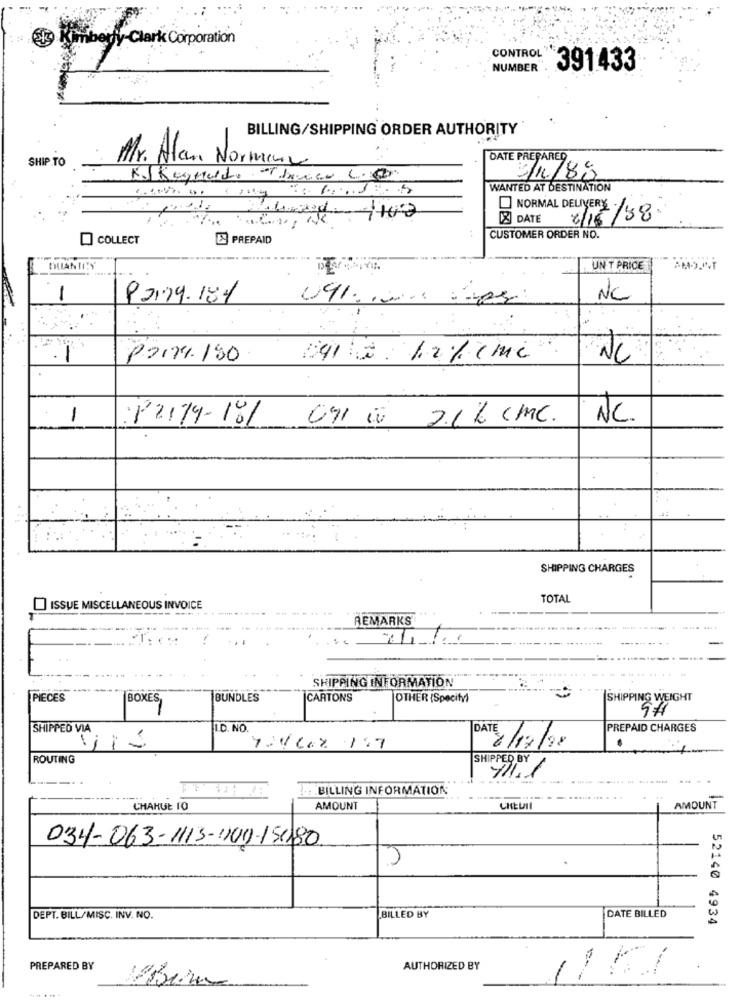
Kimberly-Clark Corporation
CONTROL"
NUMBER
391433
BILLING/SHIPPING ORDER AUTHORITY
SHIP TO
Mr. Alan Normenz
DATE PREPARED
KJ KeyHalde Theace C.
3/1/88
WANTED AT DESTINATION
8] DATE
NORMAL DELIVERY. /58
6/16/
COLLECT
PREPAID
CUSTOMER ORDER NO.
QUANTITY
UN T PRICE
1
92.79.181
NC
-
PZIM4. 150
12/ 1mi
NC
1
NC.
P2119-181
091 0 2.1% CMC.
SHIPPING CHARGES
TOTAL
ISSUE MISCELLANEOUS INVOICE
REMARKS
...
SHIPPING INFORMATION
PIECES
BOXES
BUNDLES
CARTONS
OTHER {Specify)
SHIPPING WEIGHT
SHIPPED VIA
I.D. NO.
PREPAID CHARGES
V
7:16.8. 1.7
DATE 1 /12/98
.
ROUTING
SHIPPED BY
111.1
----
-
BILLING INFORMATION
CHAHUL 10
AMOUNT
AMOUNT
034-063-1113-101-15180
DATE BILLED
DEPT. BILL/MISC. INV. NO.
BILLED BY
52140 4934
PREPARED BY
AUTHORIZED BY
1151